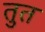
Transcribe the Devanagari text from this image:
तुत